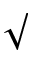
\surd